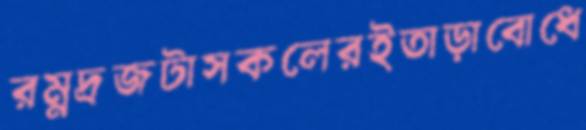
রম্নদ্রজটাসকলেরইতাড়াবোধে